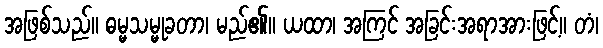
အဖြစ်သည်။ ဓမ္မသမ္မုခတာ၊ မည်၏။ ယထာ၊ အကြင် အခြင်းအရာအားဖြင့်။ တံ၊